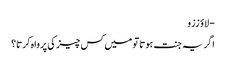
- لاؤ ززو
اگر یہ جنت ہوتا تو میں کس چیز کی پرواہ کرتا؟